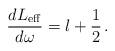
LaTeX: \begin{align*}\frac{dL_{{\rm eff}}}{d\omega} = l + \frac{1}{2} \,.\end{align*}